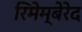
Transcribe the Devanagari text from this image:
रिमेम्बेरेद